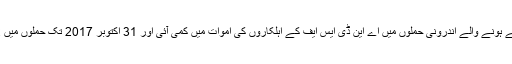
جوہن ایف سوپکو نے اپنی رپورٹ میں بتایا کہ 2016 سے ہونے والے اندرونی حملوں میں اے این ڈی ایس ایف کے اہلکاروں کی اموات میں کمی آئی اور 31 اکتوبر 2017 تک حملوں میں 102 افغان فورسز کے اہلکار ہلاک اور 53 زخمی ہوئے۔